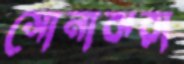
সোনাঝরা